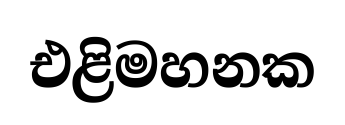
එළිමහනක